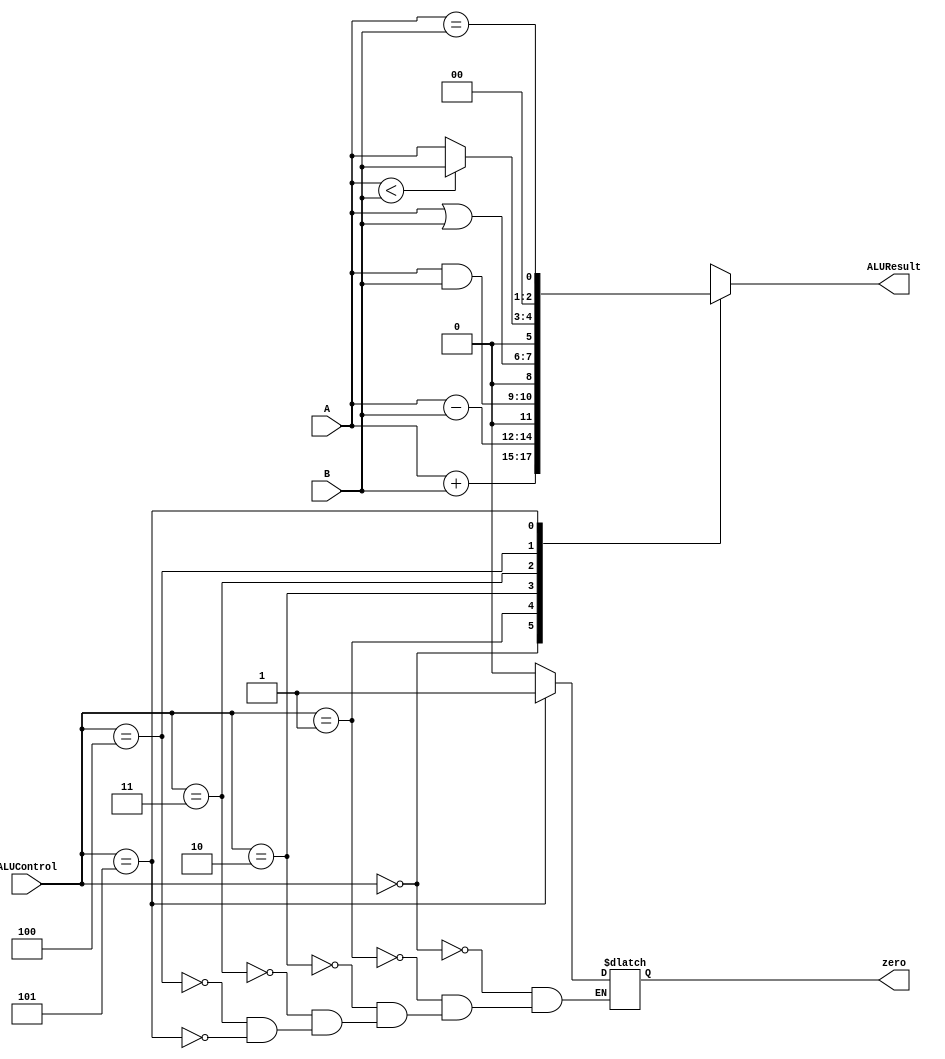
module ALU(
input [1:0]A, B,
input [2:0]ALUControl,
output reg zero,
output reg [2:0]ALUResult 
    );
    always@(*) begin
    case(ALUControl)
        3'b0000: begin ALUResult <= A+B; zero<=0; end // Addition
        3'b0001: begin ALUResult <= A-B; zero<=0; end // Subtraction
        3'b0010: begin ALUResult <= A&B; zero<=0; end // AND operation
        3'b0011: begin ALUResult <= A|B; zero<=0; end // OR operation
        3'b0100: begin ALUResult <= (A<B)?B:A ; zero<=0; end // SLT (set less than) operation
        3'b0101: begin ALUResult <= (A==B); zero<=1; end // BEQ (Branch if equal) operation 
        4'bxxxx: ALUResult<=3'bxxx; // DONT CARE 
    endcase
    end
endmodule